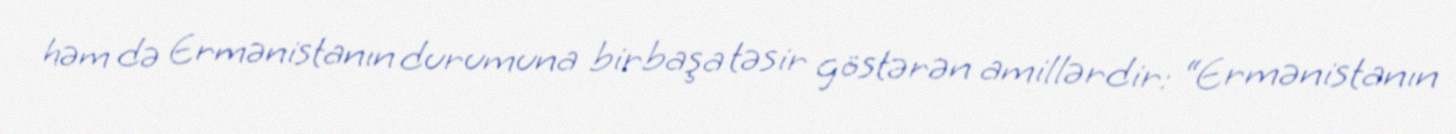
həm də Ermənistanın durumuna birbaşa təsir göstərən amillərdir: “Ermənistanın